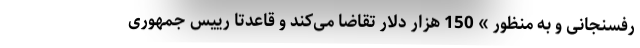
رفسنجانی و به منظور » 150 هزار دلار تقاضا می‌کند و قاعدتاً رییس جمهوری